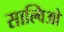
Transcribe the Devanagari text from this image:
साल्विओ